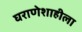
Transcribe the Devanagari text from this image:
घराणेशाहीला